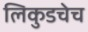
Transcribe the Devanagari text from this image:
लिकुडचेच